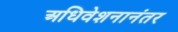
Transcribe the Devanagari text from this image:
अधिवेशनानंतर